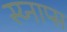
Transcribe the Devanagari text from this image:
स्य्नाप्स